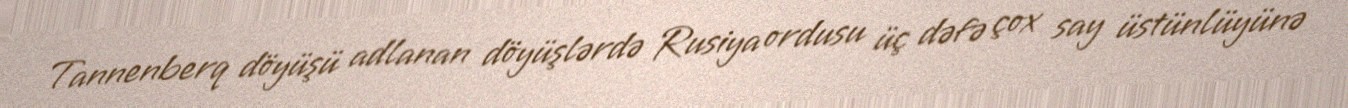
Tannenberq döyüşü adlanan döyüşlərdə Rusiya ordusu üç dəfə çox say üstünlüyünə